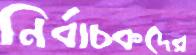
নির্বাচকদের